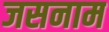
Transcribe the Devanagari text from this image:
जसनाम